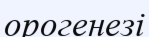
орогенезі